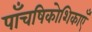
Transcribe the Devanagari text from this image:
पाँचषिकोशिकाएँ